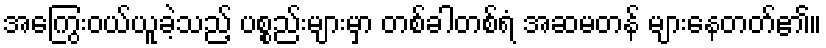
အကြွေးဝယ်ယူခဲ့သည့် ပစ္စည်းများမှာ တစ်ခါတစ်ရံ အဆမတန် များနေတတ်၏။